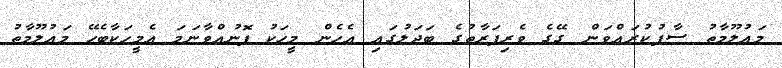
މަޢުލޫމާތު ސާފުކުރައްވަން ގޭގެ ވެރިފަރާތުގެ ބަދަލުގައި އެހެން މީހަކު ފޮނުއްވާނަމަ އެމީހަކާބެހޭ މަޢުލޫމާތު